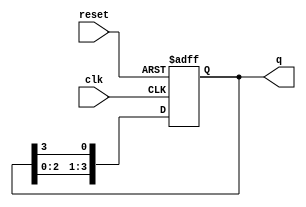
module binary_ring_counter (
    input wire clk,          // Clock input
    input wire reset,        // Reset input
    output reg [N-1:0] q     // Output state (N flip-flops)
);
    parameter N = 4;         // Number of flip-flops (states)

    always @(posedge clk or posedge reset) begin
        if (reset) begin
            q <= 1'b1;       // Initialize to 0001 (only the first flip-flop set)
        end else begin
            q <= {q[N-2:0], q[N-1]}; // Shift left and wrap around
        end
    end
endmodule